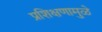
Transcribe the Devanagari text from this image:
प्रशिक्षणामुळे